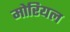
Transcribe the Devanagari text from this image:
मोरियल